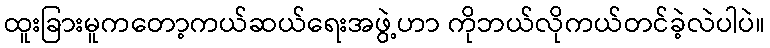
ထူးခြားမူကတော့ကယ်ဆယ်ရေးအဖွဲ့ဟာ ကိုဘယ်လိုကယ်တင်ခဲ့လဲပါပဲ။